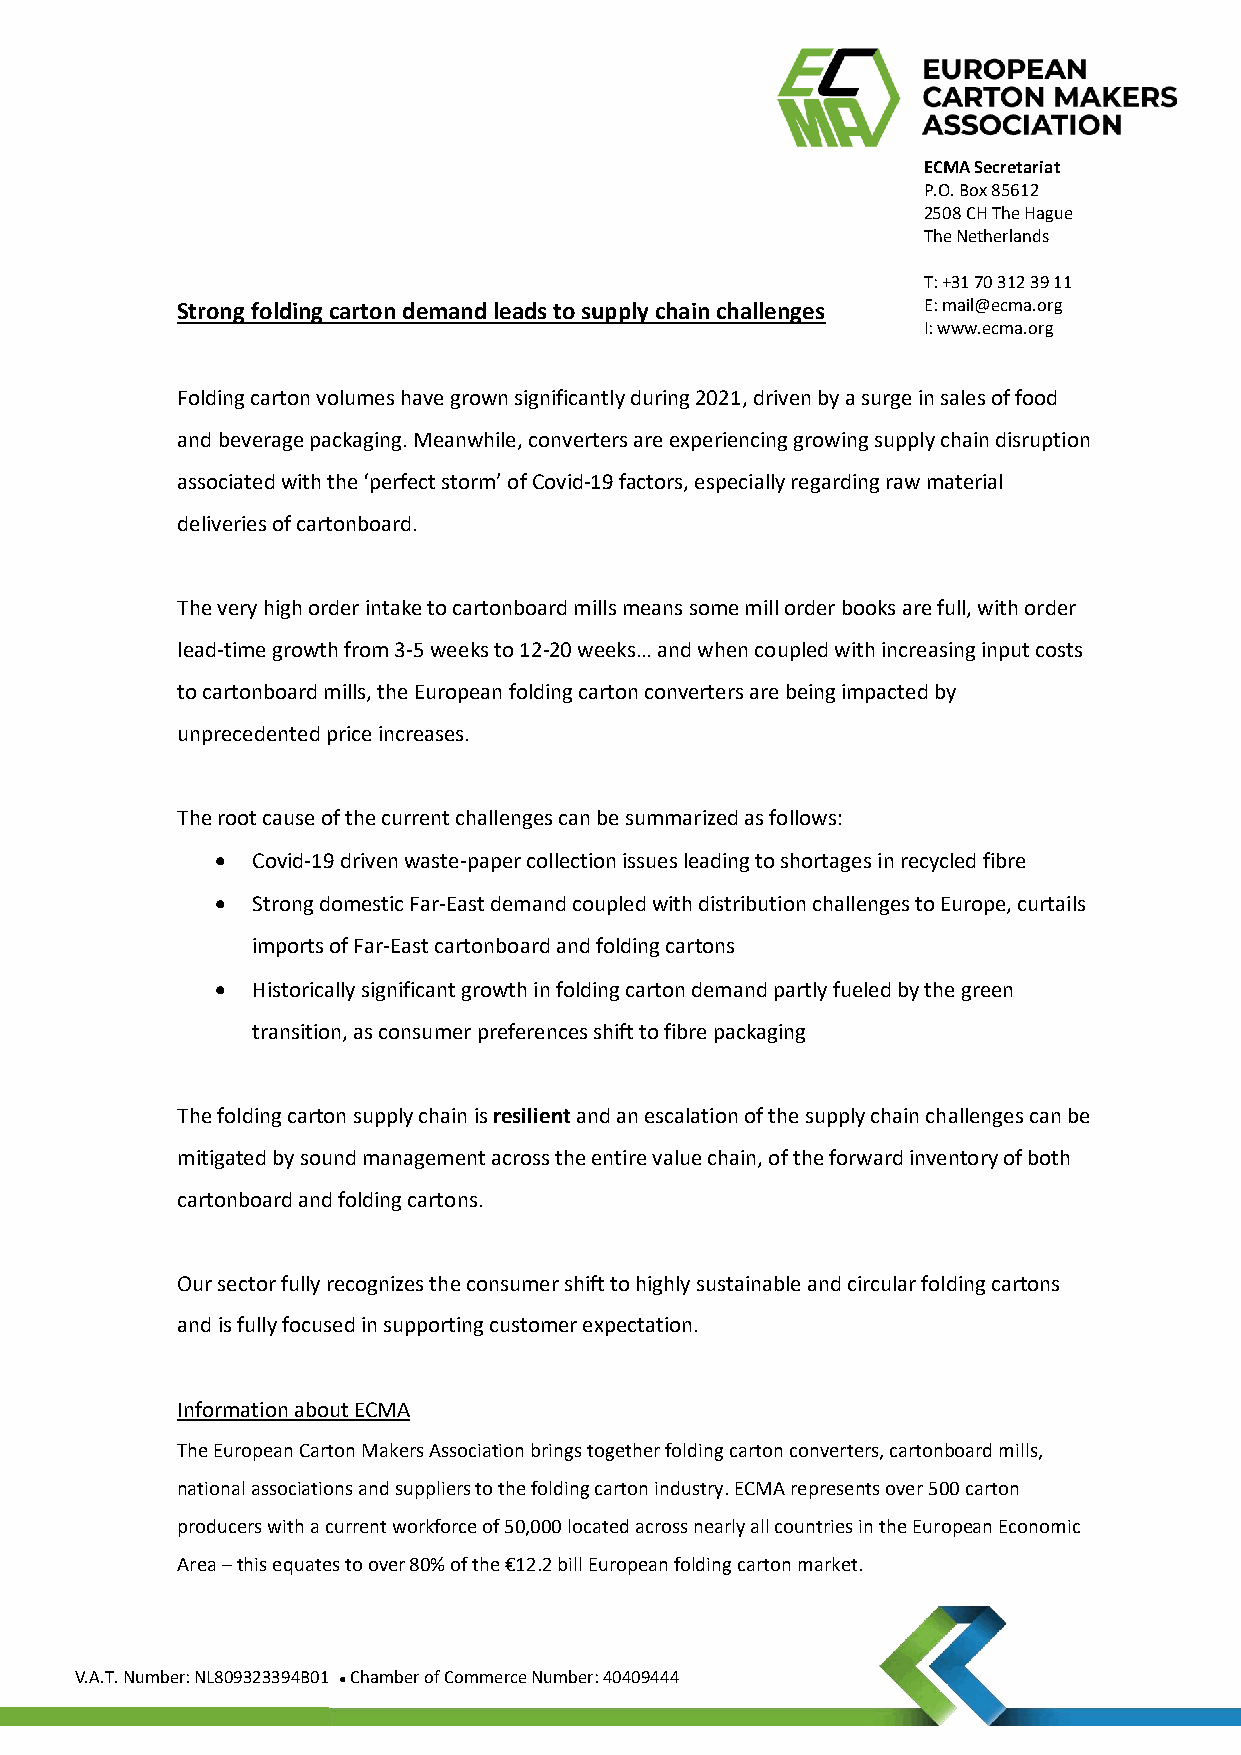
ECMA Secretariat
 P.O. Box 85612
 2508 CH The Hague
 The Netherlands
 T: +31 70 312 39 11
 Strong folding carton demand leads to supply chain challenges E: mail@ecma.org
 I: www.ecma.org
 Folding carton volumes have grown significantly during 2021, driven by a surge in sales of food
 and beverage packaging. Meanwhile, converters are experiencing growing supply chain disruption
 associated with the ‘perfect storm’ of Covid-19 factors, especially regarding raw material
 deliveries of cartonboard.
 The very high order intake to cartonboard mills means some mill order books are full, with order
 lead-time growth from 3-5 weeks to 12-20 weeks… and when coupled with increasing input costs
 to cartonboard mills, the European folding carton converters are being impacted by
 unprecedented price increases.
 The root cause of the current challenges can be summarized as follows:
 •  Covid-19 driven waste-paper collection issues leading to shortages in recycled fibre
 •  Strong domestic Far-East demand coupled with distribution challenges to Europe, curtails
 imports of Far-East cartonboard and folding cartons
 •  Historically significant growth in folding carton demand partly fueled by the green
 transition, as consumer preferences shift to fibre packaging
 The folding carton supply chain is resilient and an escalation of the supply chain challenges can be
 mitigated by sound management across the entire value chain, of the forward inventory of both
 cartonboard and folding cartons.
 Our sector fully recognizes the consumer shift to highly sustainable and circular folding cartons
 and is fully focused in supporting customer expectation.
 Information about ECMA
 The European Carton Makers Association brings together folding carton converters, cartonboard mills,
 national associations and suppliers to the folding carton industry. ECMA represents over 500 carton
 producers with a current workforce of 50,000 located across nearly all countries in the European Economic
 Area – this equates to over 80% of the €12.2 bill European folding carton market.
 V.A.T. Number: NL809323394B01 Chamber of Commerce Number: 40409444
 ●